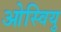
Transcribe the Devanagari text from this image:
ओस्वियु